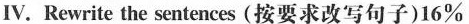
Ⅳ.Rewrite the sentences (按要求改写句子)16\%